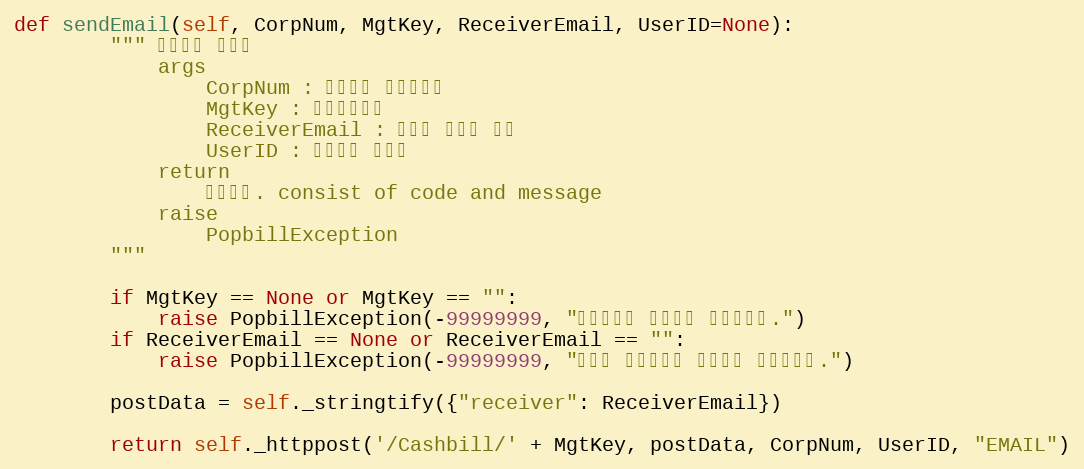
Language: Python
def sendEmail(self, CorpNum, MgtKey, ReceiverEmail, UserID=None):
        """ 알림메일 재전송
            args
                CorpNum : 팝빌회원 사업자번호
                MgtKey : 문서관리번호
                ReceiverEmail : 수신자 이메일 주소
                UserID : 팝빌회원 아이디
            return
                처리결과. consist of code and message
            raise
                PopbillException
        """

        if MgtKey == None or MgtKey == "":
            raise PopbillException(-99999999, "관리번호가 입력되지 않았습니다.")
        if ReceiverEmail == None or ReceiverEmail == "":
            raise PopbillException(-99999999, "수신자 메일주소가 입력되지 않았습니다.")

        postData = self._stringtify({"receiver": ReceiverEmail})

        return self._httppost('/Cashbill/' + MgtKey, postData, CorpNum, UserID, "EMAIL")